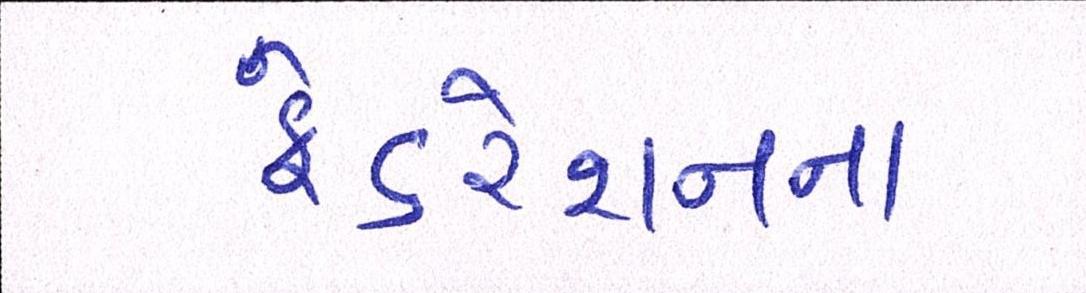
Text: ફેડરેશનના